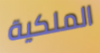
الملكية